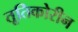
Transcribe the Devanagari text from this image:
तूतिकोरीन